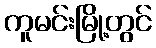
ကူမင်းမြို့တွင်